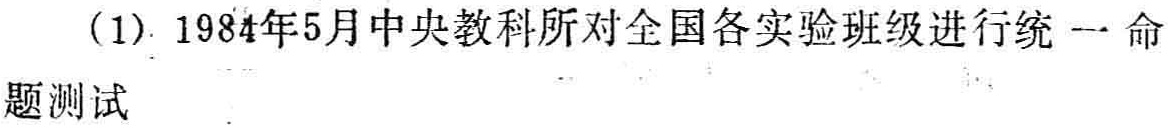
(1). 1984年5月中央教科所对全国各实验班级进行统一命题测试